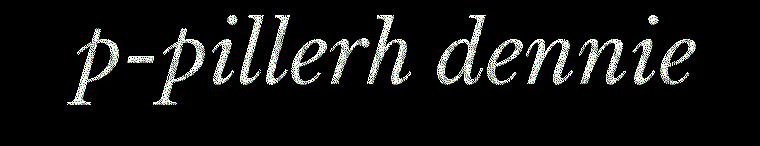
p-pillerh dennie